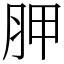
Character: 胛